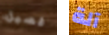
فصيل آلة